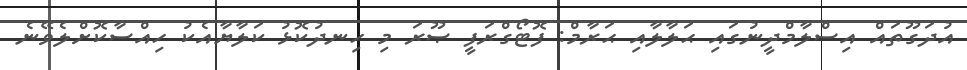
އުދަގޫތައް އިސްލާމްދީނުގައި ޙަލާލާއި ޙަރާމް: ފޮޓޯގްރަފީ ޞޫރަ މި ހިނދުކޮޅު ކަލާޔާއެކު ހިއްސާކޮށްލެވޭނެ